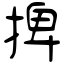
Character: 捭